Civil Veterinary Dept. Bombay admin report 1932-41 - 1932-1941
Year: 1932
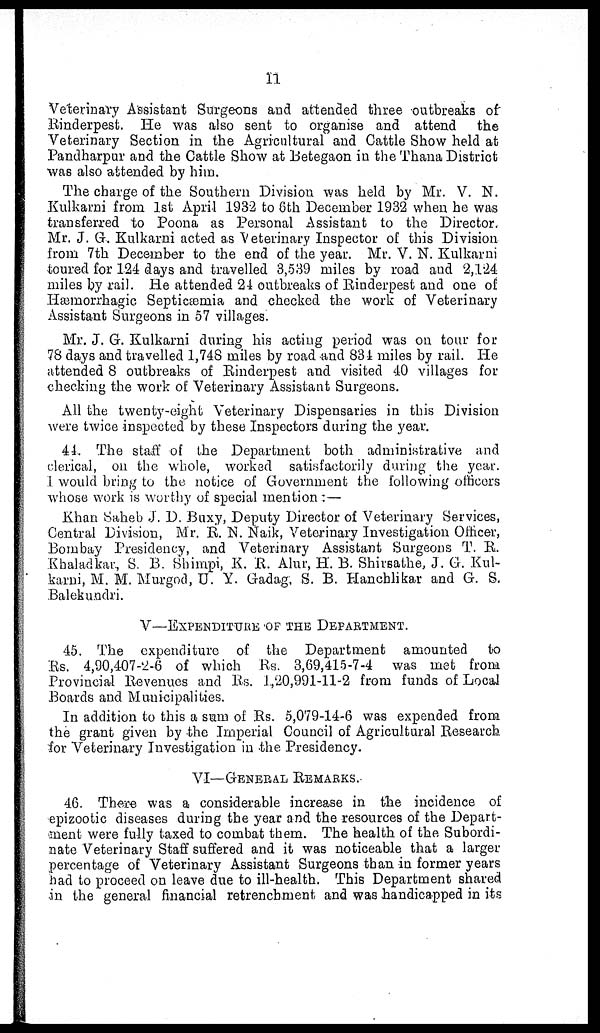
11
Veterinary Assistant Surgeons and attended three outbreaks of
Rinderpest. He was also sent to organise and attend
the
Veterinary Section in the Agricultural and Cattle Show held at
Pandharpur and the Cattle Show at Betegaon in the Thana District
was also attended by him.
The charge of the Southern Division was held by Mr. V. N.
Kulkarni from 1st April 1932 to 8th December 1932 when he was
transferred to Poona as Personal Assistant to the Director.
Mr. J. G. Kulkarni acted as Veterinary Inspector of this Division
from 7th December to the end of the year. Mr. V. N. Kulkarni
toured for 124 days and travelled 3,539 miles by road and 2,124
miles by rail. He attended 24 outbreaks of Rinderpest and one of
Hæmorrhagic Septicæmia and checked the work of Veterinary
Assistant Surgeons in 57 villages.
Mr. J. G. Kulkarni during his acting period was on tour for
78 days and travelled 1,748 miles by road and 834 miles by rail. He
attended 8 outbreaks of Rinderpest and visited 40 villages for
checking the work of Veterinary Assistant Surgeons.
All the twenty-eight Veterinary Dispensaries in this Division
were twice inspected by these Inspectors during the year.
44. The staff of the Department both administrative and
clerical, on the whole, worked satisfactorily during the year.
1 would bring to the notice of Government the following officers
whose work is worthy of special mention:—
Khan Saheb J. D. Buxy, Deputy Director of Veterinary Services,
Central Division, Mr. R. N. Naik, Veterinary Investigation Officer,
Bombay Presidency, and Veterinary Assistant Surgeons T. R.
Khaladkar, S. B. Shimpi, K. R. Alur, H. B. Shirsathe, J. G. Kul-
karni, M. M. Murgod, U. Y. Gadag, S. B. Hanchlikar and G. S.
Balekundri.
V—EXPENDITURE OF THE DEPARTMENT.
45. The expenditure of the Department amounted to
Rs. 4,90,407-2-6 of which Rs. 3,69,415-7-4 was met from
Provincial Revenues and Rs. 1,20,991-11-2 from funds of Local
Boards and Municipalities.
In addition to this a sum of Rs. 5,079-14-6 was expended from
the grant given by the Imperial Council of Agricultural Research
for Veterinary Investigation in the Presidency.
VI—GENERAL
REMARKS.
46. There was a considerable increase in the incidence of
epizootic diseases during the year and the resources of the Depart-
ment were fully taxed to combat them. The health of the Subordi-
nate Veterinary Staff suffered and it was noticeable that a larger
percentage of Veterinary Assistant Surgeons than in former years
had to proceed on leave due to ill-health. This Department shared
in the general financial retrenchment and was handicapped in its